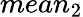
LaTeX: mean_{2}